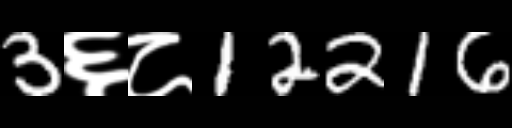
Text: 3६८12216